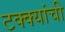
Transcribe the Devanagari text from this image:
टक्क्यांची